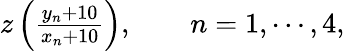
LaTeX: \begin{array}{r}{z\left(\frac{y_{n}+10}{x_{n}+10}\right),\qquad n=1,\cdots,4,}\end{array}